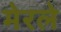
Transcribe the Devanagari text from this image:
मेरले